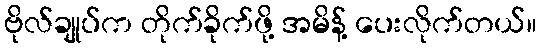
ဗိုလ်ချုပ်က တိုက်ခိုက်ဖို့ အမိန့် ပေးလိုက်တယ်။